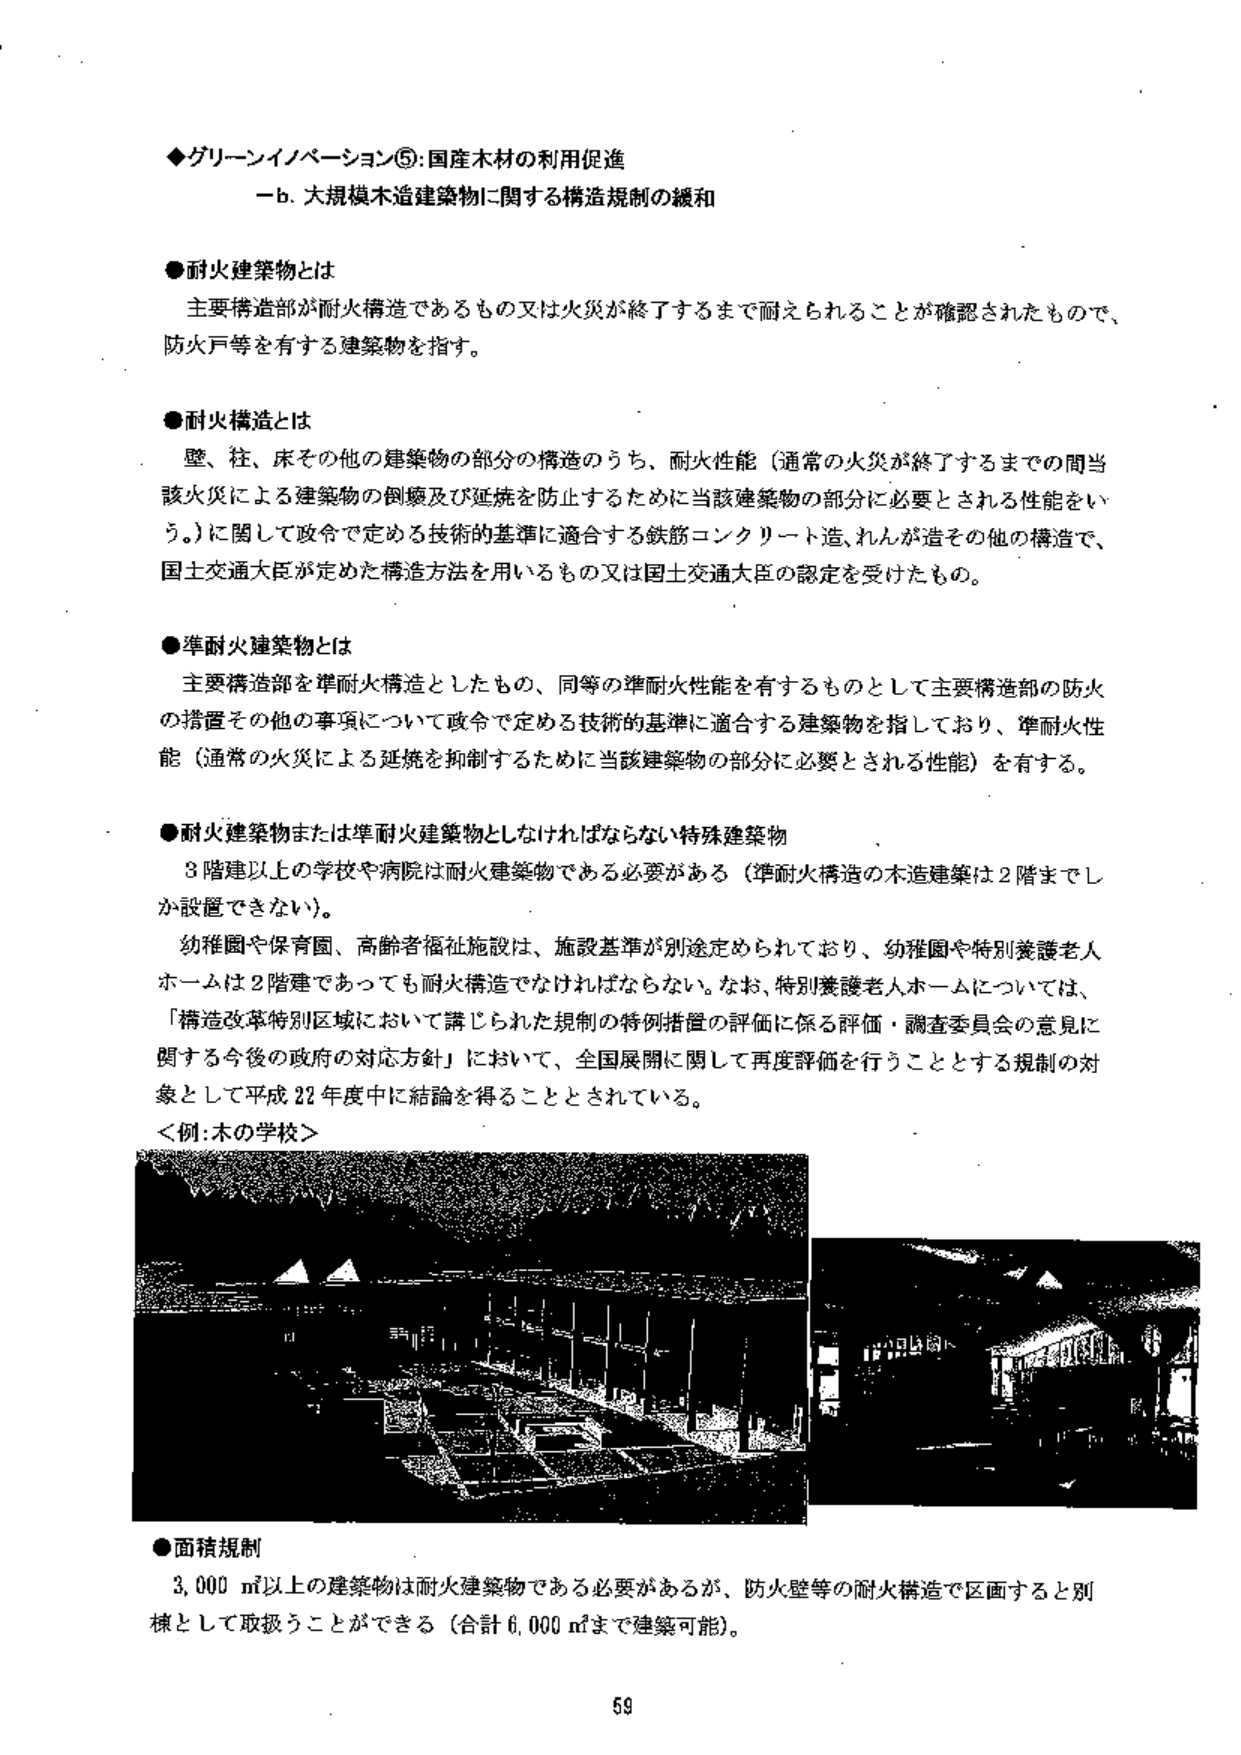
◆グリーンイノベーション⑤:国産木材の利用促進
一b. 大規模木造建築物に関する構造規制の緩和

●耐火建築物とは
主要構造部が耐火構造であるもの又は火災が終了するまで耐えられることが確認されたもので、防火戸等を有する建築物を指す。

●耐火構造とは
壁、柱、床その他の建築物の部分の構造のうち、耐火性能（通常の火災が終了するまでの間当該火災による建築物の倒壊及び延焼を防止するために当該建築物の部分に必要とされる性能をいう。）に関して政令で定める技術的基準に適合する鉄筋コンクリート造、れんが造その他の構造で、国土交通大臣が定めた構造方法を用いるもの又は国土交通大臣の認定を受けたもの。

●準耐火建築物とは
主要構造部を準耐火構造としたもの、同等の準耐火性能を有するものとして主要構造部の防火の措置その他の事項について政令で定める技術的基準に適合する建築物を指しており、準耐火性能（通常の火災による延焼を抑制するために当該建築物の部分に必要とされる性能）を有する。

●耐火建築物または準耐火建築物としなければならない特殊建築物
3階建以上の学校や病院は耐火建築物である必要がある（準耐火構造の木造建築は2階までしか設置できない）。
幼稚園や保育園、高齢者福祉施設は、施設基準が別途定められており、幼稚園や特別養護老人ホームは2階建であっても耐火構造でなければならない。なお、特別養護老人ホームについては、「構造改革特別区域において講じられた規制の特例措置の評価に係る評価・調査委員会の意見に関する今後の政府の対応方針」において、全国展開に関して再度評価を行うこととする規制の対象として平成22年度中に結論を得ることとされている。
＜例:木の学校＞

●面積規制
3,000㎡以上の建築物は耐火建築物である必要があるが、防火壁等の耐火構造で区画すると別棟として取扱うことができる（合計6,000㎡まで建築可能）。

59